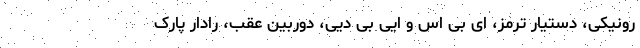
رونیکی، دستیار ترمز، ای بی اس و ایی بی دیی، دوربین عقب، رادار پارک